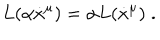
L ( \alpha \dot { x } ^ { \mu } ) = \alpha L ( \dot { x } ^ { \mu } ) \; .